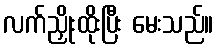
လက်ညှိုးထိုးပြီး မေးသည်။